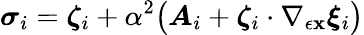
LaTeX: \boldsymbol{\sigma}_{i}=\boldsymbol{\zeta}_{i}+\alpha^{2}\big(\boldsymbol{A}_{i}+\boldsymbol{\zeta}_{i}\cdot\nabla_{\epsilon{\mathbf{x}}}\boldsymbol{\xi}_{i}\big)